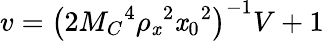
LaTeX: v=\left(2M_{C}{}^{4}\rho_{\mathit{x}}{}^{2}\mathit{x}_{0}{}^{2}\right)^{-1}V+1